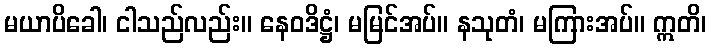
မယာပိခေါ၊ ငါသည်လည်း။ နေဝဒိဋ္ဌံ၊ မမြင်အပ်။ နသုတံ၊ မကြားအပ်။ ဣတိ၊